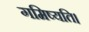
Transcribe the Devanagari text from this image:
गमिष्यति।